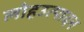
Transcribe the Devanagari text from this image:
लोहउत्पादन